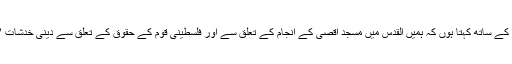
میں تاکید کے ساتھ کہتا ہوں کہ ہمیں القدس میں مسجد اقصى کے انجام کے تعلق سے اور فلسطینى قوم کے حقوق کے تعلق سے دینى خدشات لاحق ہیں۔